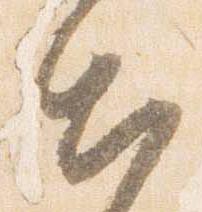
出